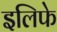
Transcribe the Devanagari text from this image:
इलिफे